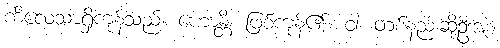
ကိလေသာရှိကုန်သည်။ ဟောန္တိ၊ ဖြစ်ကုန်၏။ ဝါ၊ တစ်နည်းဆိုဦးအံ့။